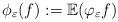
LaTeX: \begin{align*}\phi_\varepsilon(f):= \mathbb{E}(\varphi _{\varepsilon }f)\end{align*}